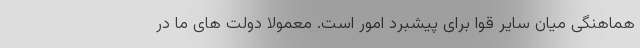
هماهنگی میان سایر قوا برای پیشبرد امور است. معمولا دولت های ما در